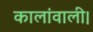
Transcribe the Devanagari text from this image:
कालांवाली।